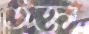
তক্ত